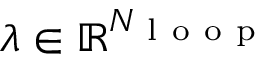
\lambda \in \mathbb { R } ^ { N _ { \mathrm { ~ l ~ o ~ o ~ p ~ } } }